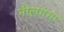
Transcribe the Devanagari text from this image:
नीलगंगा